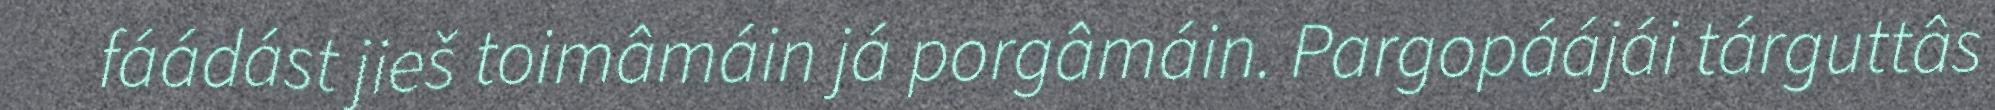
fáádást jieš toimâmáin já porgâmáin. Pargopáájái tárguttâs